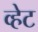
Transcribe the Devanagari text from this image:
व्हेट